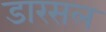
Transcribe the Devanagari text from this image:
डारसल